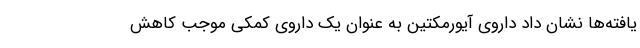
یافته‌ها نشان داد داروی آیورمکتین به عنوان یک داروی کمکی موجب کاهش